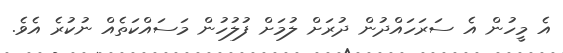
އެ މީހުން އެ ސަރަހައްދުން ދުރަށް ލުމަށް ފުލުހުން މަސައްކަތެއް ނުކުރެ އެވެ.